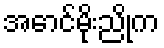
အောင်မိုးညိုက